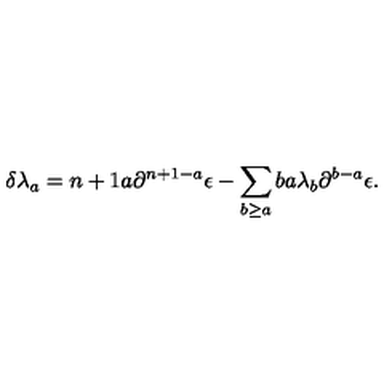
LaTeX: \delta \lambda _ { a } = { \binom { n + 1 } { a } } \partial ^ { n + 1 - a } \epsilon - \sum _ { b \geq a } { \binom { b } { a } } \lambda _ { b } \partial ^ { b - a } \epsilon .